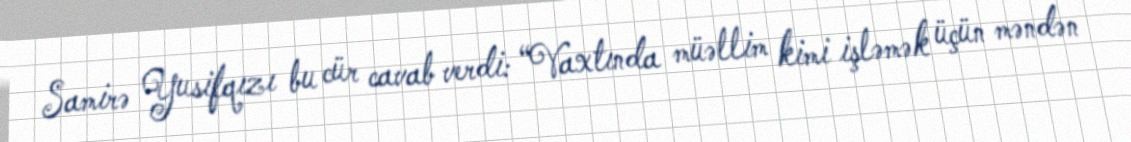
Samirə Yusifqızı bu cür cavab verdi: “Vaxtında müəllim kimi işləmək üçün məndən